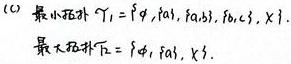
(c) 最小拓扑 $\mathcal{T}_1 = \{ \varnothing, \{a\}, \{a,b\}, \{a,b,c\}, X \}$，最大拓扑 $\mathcal{T}_2 = \{ \varnothing, \{a\}, X \}$。